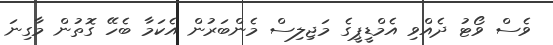
ވެސް ވޯޓު ދެއްވި އެމްޑީޕީގެ މަޖިލިސް މެންބަރުން އެކަމާ ބެހޭ ގޮތުން މާގިނަ